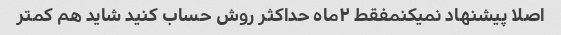
اصلا پیشنهاد نمیکنمفقط ۲ماه حداکثر روش حساب کنید شاید هم کمتر